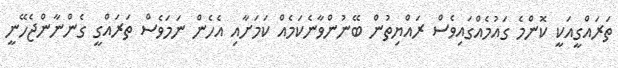
ތަރައްގީއަކީ ކޮންމެ ގައުމެއްގައިވެސް ރައްޔިތުން ބޭނުންވާނެކަމެއް ކަމަށާއި އެހެން ނަމަވެސް ތަރައްގީ ގެންނާންޖެހޭނީ